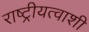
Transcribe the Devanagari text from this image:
राष्ट्रीयत्वाशी